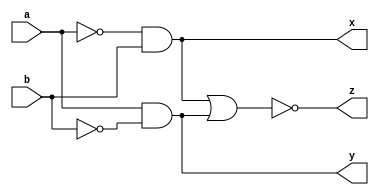
module magnitudecomp_1bit (a,b,z,x,y);
input a,b;
output z,x,y;

assign x = (~a)&b;
assign y = a&(~b);
assign z = ~(x|y);
    
endmodule